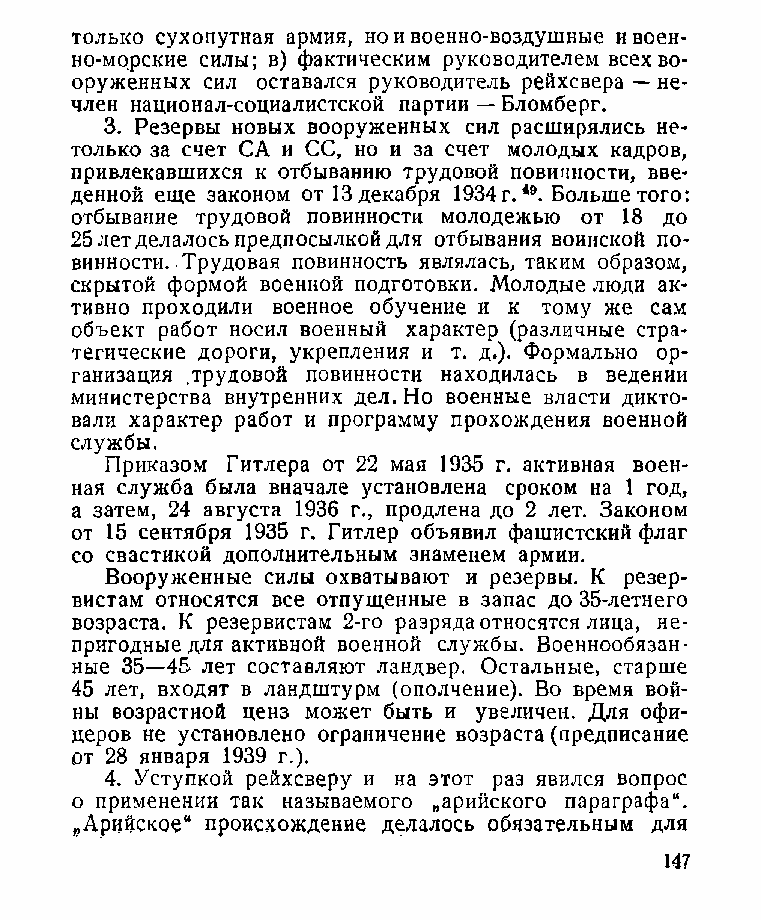
только сухопутная армия, но и военно-воздушные и воен­
 но-морские силы; в) фактическим руководителем всех во­
 оруженных сил оставался руководитель рейхсвера — не-
 член национал-социалистской партии — Бломберг.
 3. Резервы новых вооруженных сил расширялись не­
 только за счет СА и СС, но и за счет молодых кадров,
 привлекавшихся к отбыванию трудовой повинности, вве­
 денной еще законом от 13 декабря 1934 г.49. Больше того:
 отбывание трудовой повинности молодежью от 18 до
 25 лет делалось предпосылкой для отбывания воинской по­
 винности. Трудовая повинность являлась, таким образом,
 скрытой формой военной подготовки. Молодые люди ак­
 тивно проходили военное обучение и к тому же сам
 объект работ носил военный характер (различные стра­
 тегические дороги, укрепления и т. д.). Формально ор­
 ганизация .трудовой повинности находилась в ведении
 министерства внутренних дел. Но военные власти дикто­
 вали характер работ и программу прохождения военной
 службы.
 Приказом Гитлера от 22 мая 1935 г. активная воен­
 ная служба была вначале установлена сроком на 1 год,
 а затем, 24 августа 1936 г., продлена до 2 лет. Законом
 от 15 сентября 1935 г. Гитлер объявил фашистский флаг
 со свастикой дополнительным знаменем армии.
 Вооруженные силы охватывают и резервы. К резер­
 вистам относятся все отпущенные в запас до 35-летнего
 возраста. К резервистам 2-го разряда относятся лица, не­
 пригодные для активной военной службы. Военнообязан­
 ные 35—45* лет составляют ландвер. Остальные, старше
 45 лет, входят в ландштурм (ополчение). Во время вой­
 ны возрастной ценз может быть и увеличен. Для офи­
 церов не установлено ограничение возраста (предписание
 от 28 января 1939 г.).
 4. Уступкой рейхсверу и на этот раз явился вопрос
 о применении так называемого „арийского параграфа“.
 „Арийское“ происхождение делалось обязательным для
 147